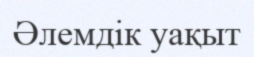
Әлемдік уақыт